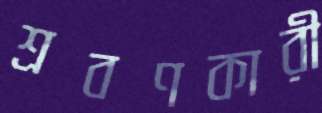
শ্রবণকারী